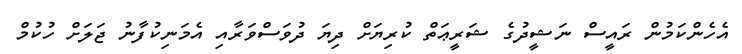
އެހެންކަމުން ރައީސް ނަޝީދުގެ ޝަރީޢަތް ކުރިޔަށް ދިޔަ ދުވަސްވަރާއި އެމަނިކުފާނު ޖަލަށް ހުކުމް